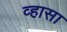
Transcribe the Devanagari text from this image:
व्हासा